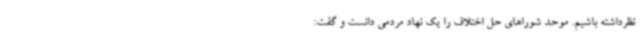
نظرداشته باشیم. موحد شوراهای حل اختلاف را یک نهاد مردمی دانست و گفت: